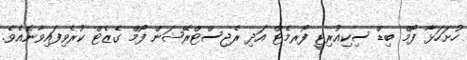
ހުށަހަޅާ ފޯމް ބިޑް ސިކިއުރިޓީ ފޯރމެޓް އަދި ރެޖިސްޓްރޭޝަން ފޯމް ގެޒެޓް ކުރެވިފައިވާނެއެވެ.